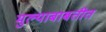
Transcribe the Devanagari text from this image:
मुल्याबाबतीत